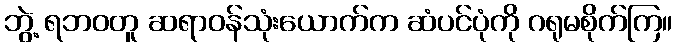
ဘွဲ့ ရဘဝတူ ဆရာဝန်သုံးယောက်က ဆံပင်ပုံကို ဂရုမစိုက်ကြ။